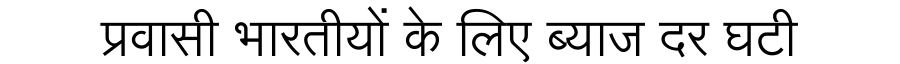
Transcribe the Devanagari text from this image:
प्रवासी भारतीयों के लिए ब्याज दर घटी